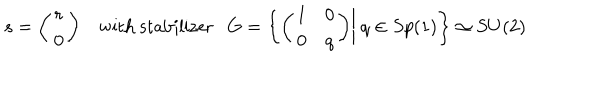
LaTeX: s = \bigg ( \begin{array} { c } { { r } } \\ { { 0 } } \\ \end{array} \bigg ) ~ \textrm { w i t h s t a b i l i z e r } G = \bigg \{ \bigg ( \begin{array} { c c } { { 1 } } & { { 0 } } \\ { { 0 } } & { { q } } \\ \end{array} \bigg ) \bigg | ~ q \in S p ( 1 ) \bigg \} \simeq S U ( 2 )